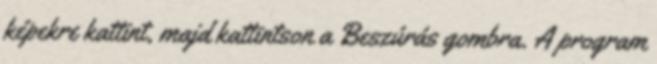
képekre kattint, majd kattintson a Beszúrás gombra. A program